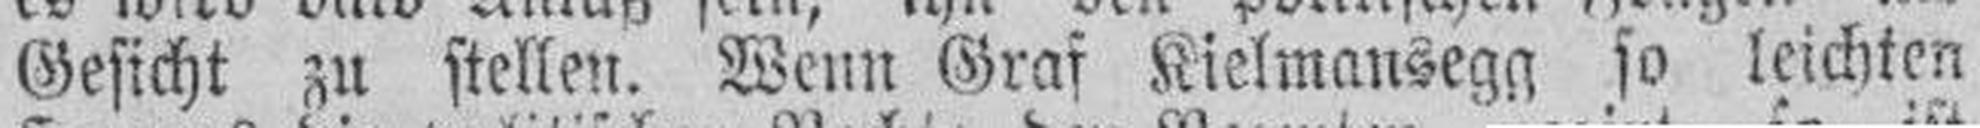
Gesicht zu stellen. Wenn Graf Kielmansegg so leichten